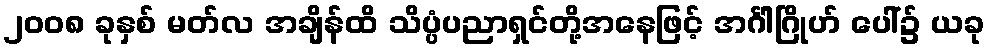
၂၀၀၈ ခုနှစ် မတ်လ အချိန်ထိ သိပ္ပံပညာရှင်တို့အနေဖြင့် အင်္ဂါဂြိုဟ် ပေါ်၌ ယခု